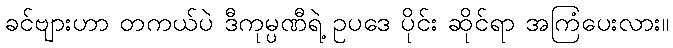
ခင်ဗျားဟာ တကယ်ပဲ ဒီကုမ္ပဏီရဲ့ ဥပဒေ ပိုင်း ဆိုင်ရာ အကြံပေးလား။